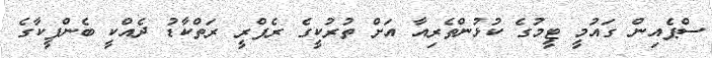
ސްޕެއިން ގައުމީ ޓީމުގެ ކުޅުންތެރިއާ އަށް ތުރުކީގެ ރެފްރީ ރަތްކާޑު ދެއްކީ ބެންފީކާގެ